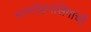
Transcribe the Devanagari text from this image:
मनमोहनसिंगांची